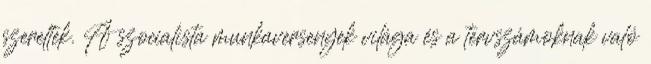
szereltek. A szocialista munkaversenyek világa és a tervszámoknak való